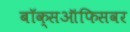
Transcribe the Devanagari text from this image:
बॉक्सऑफिसवर